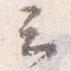
云